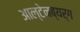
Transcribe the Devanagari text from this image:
आल्टेनब्यर्ग